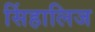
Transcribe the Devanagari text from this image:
सिंहालिज